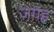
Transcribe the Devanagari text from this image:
जगंह